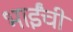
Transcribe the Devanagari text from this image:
भाईंची